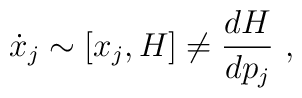
{\dot{x}_{j}} \sim [x_{j},H] \neq {dH \over dp_j}~,